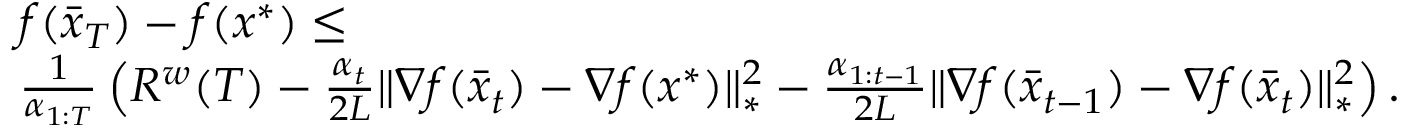
\begin{array} { r l } & { f ( \bar { x } _ { T } ) - f ( x ^ { * } ) \leq } \\ & { \frac { 1 } { \alpha _ { 1 : T } } \left( R ^ { w } ( T ) - \frac { \alpha _ { t } } { 2 L } \| \nabla f ( \bar { x } _ { t } ) - \nabla f ( x ^ { * } ) \| _ { * } ^ { 2 } - \frac { \alpha _ { 1 : t - 1 } } { 2 L } \| \nabla f ( \bar { x } _ { t - 1 } ) - \nabla f ( \bar { x } _ { t } ) \| _ { * } ^ { 2 } \right) . } \end{array}